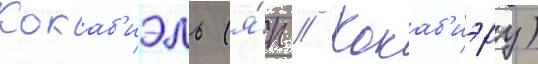
Кокаб'иэль (я́п // Кокаб'иэру)